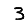
Digit: 3